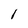
Character: l